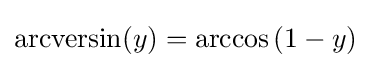
\operatorname {arcversin} (y)=\arccos \left(1-y\right)